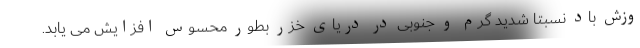
وزش باد نسبتا شدید گرم و جنوبی در دریای خزر بطور محسوس افزایش می یابد.